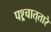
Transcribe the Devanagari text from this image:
पश्र्चात्‌तारे